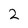
Character: 2